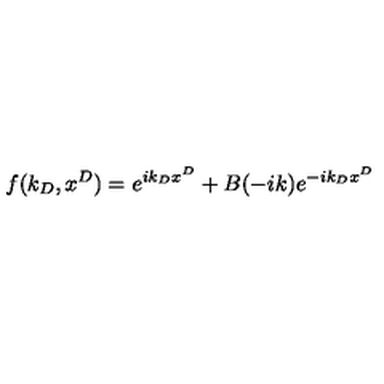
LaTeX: f ( k _ { D } , x ^ { D } ) = e ^ { i k _ { D } x ^ { D } } + B ( - i k ) e ^ { - i k _ { D } x ^ { D } }